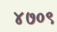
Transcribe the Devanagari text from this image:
४७०९